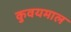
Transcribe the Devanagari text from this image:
कुवयमाल